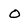
Character: o